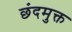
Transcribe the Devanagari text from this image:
छंदमुक्त